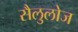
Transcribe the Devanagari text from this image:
सैलुलोज